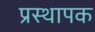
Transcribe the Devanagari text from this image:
प्रस्थापक